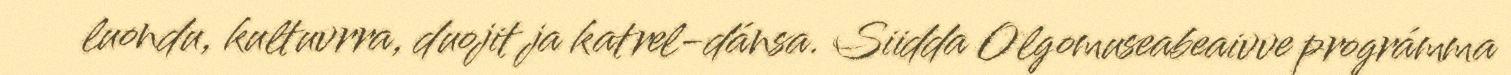
luondu, kultuvrra, duojit ja katrel-dánsa. Siidda Olgomuseabeaivve prográmma